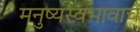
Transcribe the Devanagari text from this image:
मनुष्यस्वभावाचे